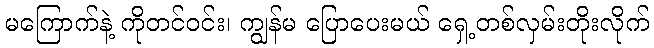
မကြောက်နဲ့ ကိုတင်ဝင်း၊ ကျွန်မ ပြောပေးမယ် ရှေ့တစ်လှမ်းတိုးလိုက်